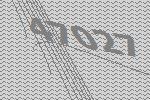
47027